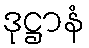
ဒုဋ္ဌာနံ